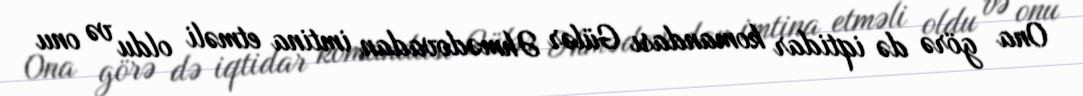
Ona görə də iqtidar komandası Gülər Əhmədovadan imtina etməli oldu və onu